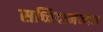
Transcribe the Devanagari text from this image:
सच्चिदानंन्दन